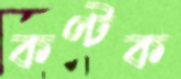
কণ্টক